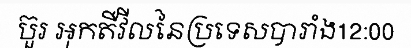
ប៊ួរ អុកតឺវីលនៃប្រទេសបារាំង12:00